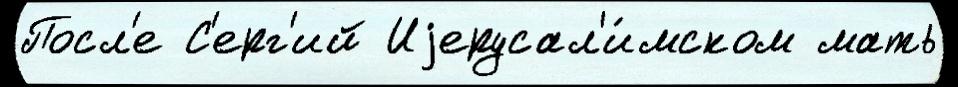
Посл'е С'ерг'ий Иjерусал'и́мском мать